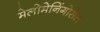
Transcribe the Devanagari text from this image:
मेलोमेनिंगोसेल